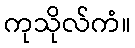
ကုသိုလ်ကံ။